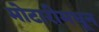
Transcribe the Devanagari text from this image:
मोटारीमधून